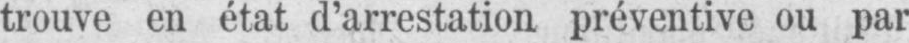
trouve en état d’arrestation préventive ou par